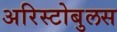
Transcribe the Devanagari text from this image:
अरिस्टोबुलस